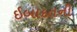
ઇબાદતની